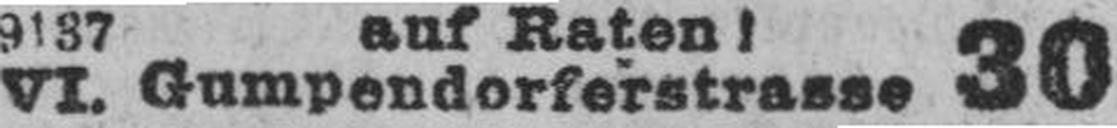
VI. Gumpendorferstrasse 30